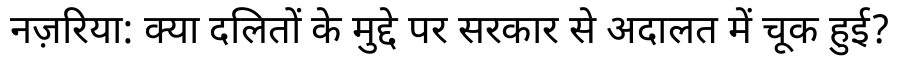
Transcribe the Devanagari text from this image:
नज़रिया: क्या दलितों के मुद्दे पर सरकार से अदालत में चूक हुई?